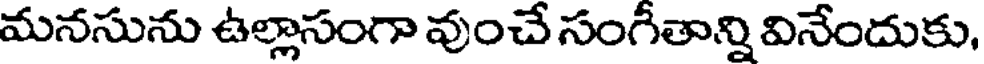
మనసును ఉల్లాసంగా వుంచే సంగీతాన్ని వినేందుకు,